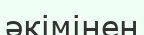
әкімінен